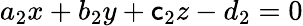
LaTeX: a_{2}x+b_{2}y+\mathsf{c}_{2}z-d_{2}=0